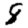
Digit: 8